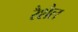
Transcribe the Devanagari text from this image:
रैशैल